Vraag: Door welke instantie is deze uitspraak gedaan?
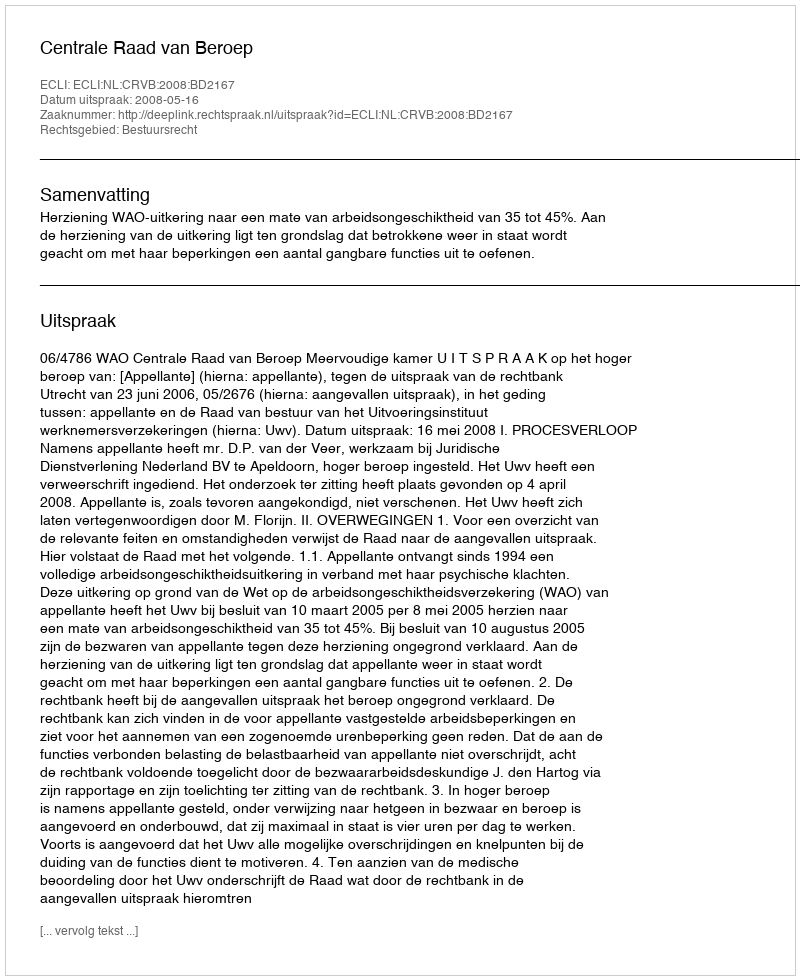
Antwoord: Centrale Raad van Beroep